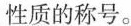
性质的称号。